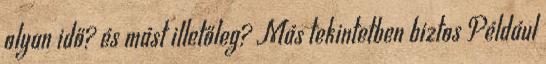
olyan idő? és mást illetőleg? Más tekintetben biztos Például